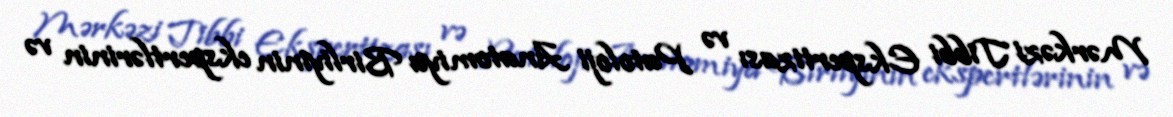
Mərkəzi Tibbi Ekspertizası və Patoloji Anatomiya Birliyinin ekspertlərinin və